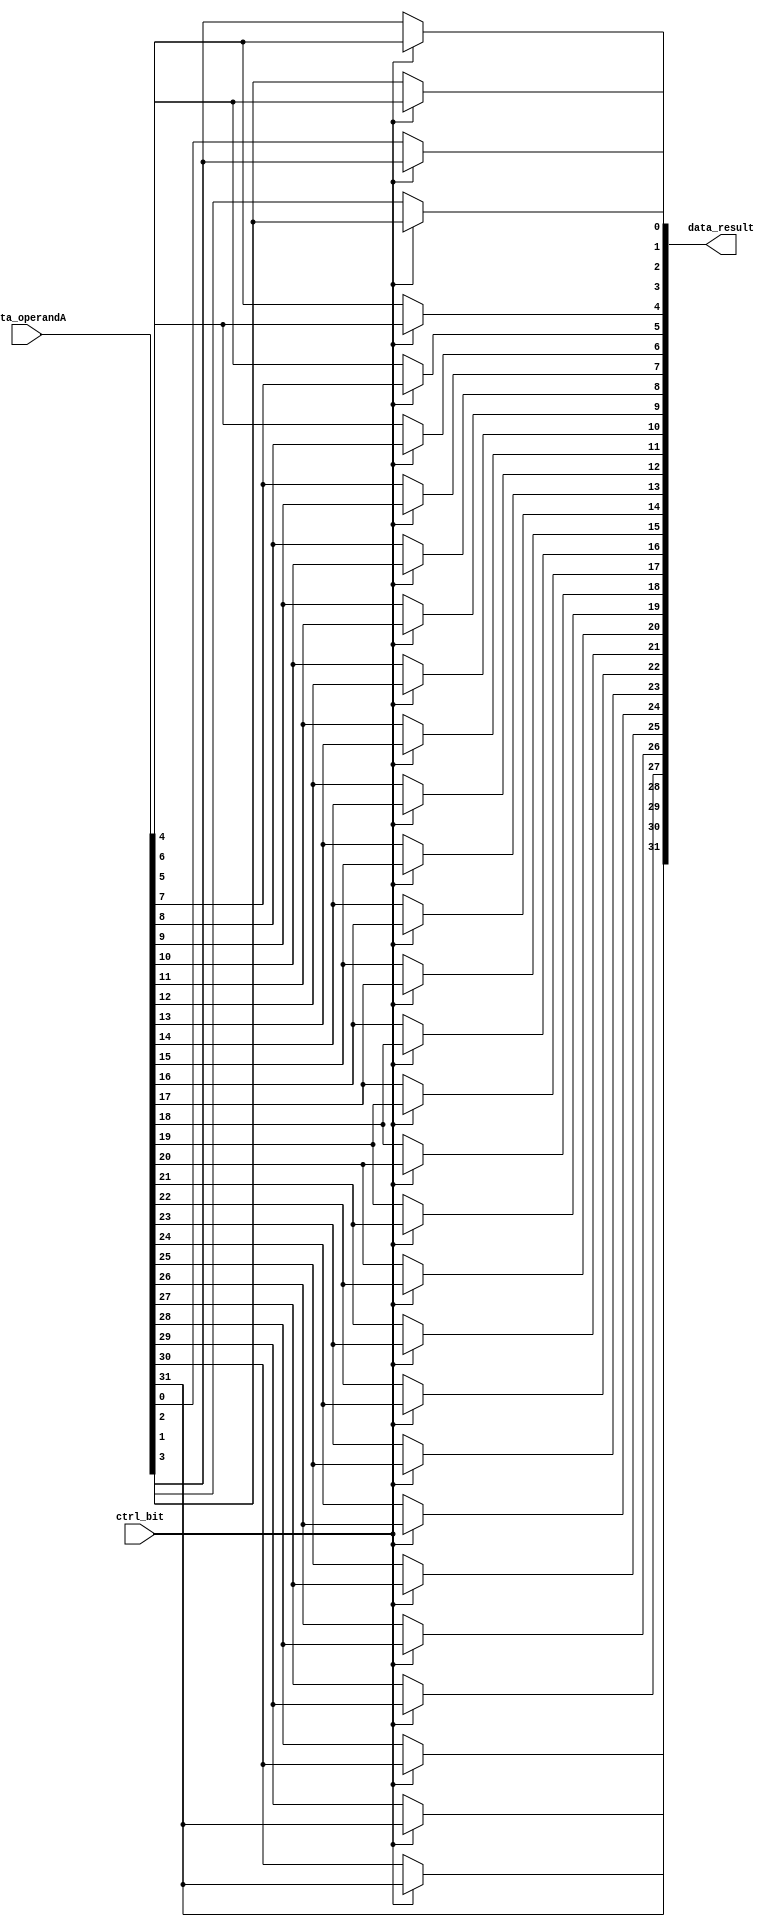
module sra_2(data_result, data_operandA, ctrl_bit);
  input [31:0] data_operandA;
  input ctrl_bit;
  output [31:0] data_result;

  assign data_result[0] = ctrl_bit ? data_operandA[2] : data_operandA[0];
  assign data_result[1] = ctrl_bit ? data_operandA[3] : data_operandA[1];
  assign data_result[2] = ctrl_bit ? data_operandA[4] : data_operandA[2];
  assign data_result[3] = ctrl_bit ? data_operandA[5] : data_operandA[3];
  assign data_result[4] = ctrl_bit ? data_operandA[6] : data_operandA[4];
  assign data_result[5] = ctrl_bit ? data_operandA[7] : data_operandA[5];
  assign data_result[6] = ctrl_bit ? data_operandA[8] : data_operandA[6];
  assign data_result[7] = ctrl_bit ? data_operandA[9] : data_operandA[7];
  assign data_result[8] = ctrl_bit ? data_operandA[10] : data_operandA[8];
  assign data_result[9] = ctrl_bit ? data_operandA[11] : data_operandA[9];
  assign data_result[10] = ctrl_bit ? data_operandA[12] : data_operandA[10];
  assign data_result[11] = ctrl_bit ? data_operandA[13] : data_operandA[11];
  assign data_result[12] = ctrl_bit ? data_operandA[14] : data_operandA[12];
  assign data_result[13] = ctrl_bit ? data_operandA[15] : data_operandA[13];
  assign data_result[14] = ctrl_bit ? data_operandA[16] : data_operandA[14];
  assign data_result[15] = ctrl_bit ? data_operandA[17] : data_operandA[15];
  assign data_result[16] = ctrl_bit ? data_operandA[18] : data_operandA[16];
  assign data_result[17] = ctrl_bit ? data_operandA[19] : data_operandA[17];
  assign data_result[18] = ctrl_bit ? data_operandA[20] : data_operandA[18];
  assign data_result[19] = ctrl_bit ? data_operandA[21] : data_operandA[19];
  assign data_result[20] = ctrl_bit ? data_operandA[22] : data_operandA[20];
  assign data_result[21] = ctrl_bit ? data_operandA[23] : data_operandA[21];
  assign data_result[22] = ctrl_bit ? data_operandA[24] : data_operandA[22];
  assign data_result[23] = ctrl_bit ? data_operandA[25] : data_operandA[23];
  assign data_result[24] = ctrl_bit ? data_operandA[26] : data_operandA[24];
  assign data_result[25] = ctrl_bit ? data_operandA[27] : data_operandA[25];
  assign data_result[26] = ctrl_bit ? data_operandA[28] : data_operandA[26];
  assign data_result[27] = ctrl_bit ? data_operandA[29] : data_operandA[27];
  assign data_result[28] = ctrl_bit ? data_operandA[30] : data_operandA[28];
  assign data_result[29] = ctrl_bit ? data_operandA[31] : data_operandA[29];
  assign data_result[30] = ctrl_bit ? data_operandA[31] : data_operandA[30];
  assign data_result[31] = ctrl_bit ? data_operandA[31] : data_operandA[31];
endmodule